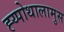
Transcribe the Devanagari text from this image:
ह्य्पोथालामुस